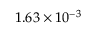
1 . 6 3 \times 1 0 ^ { - 3 }